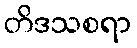
တိဒသစရာ